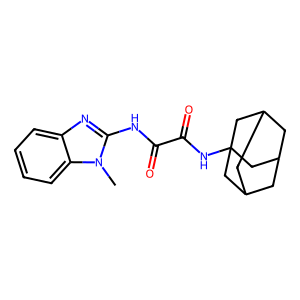
SMILES: Cn1c(NC(=O)C(=O)NC23CC4CC(CC(C4)C2)C3)nc2ccccc21
Inhibits HIV replication: No